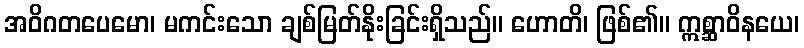
အဝိဂတပေမော၊ မကင်းသော ချစ်မြတ်နိုးခြင်းရှိသည်။ ဟောတိ၊ ဖြစ်၏။ ဣစ္ဆာဝိနယေ၊